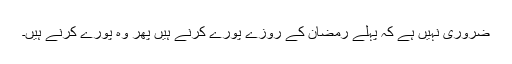
ضروری نہیں ہے کہ پہلے رمضان کے روزے پورے کرنے ہیں پھر وہ پورے کرنے ہیں۔